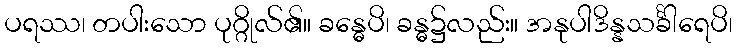
ပရဿ၊ တပါးသော ပုဂ္ဂိုလ်၏။ ခန္ဓေပိ၊ ခန္ဓ၌လည်း။ အနုပါဒိန္နသင်္ခါရေပိ၊